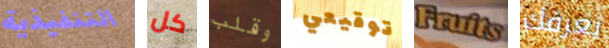
التنفيذية كل وقلب توقيعي Fruits يعرفك